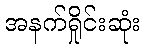
အနက်ရှိုင်းဆုံး